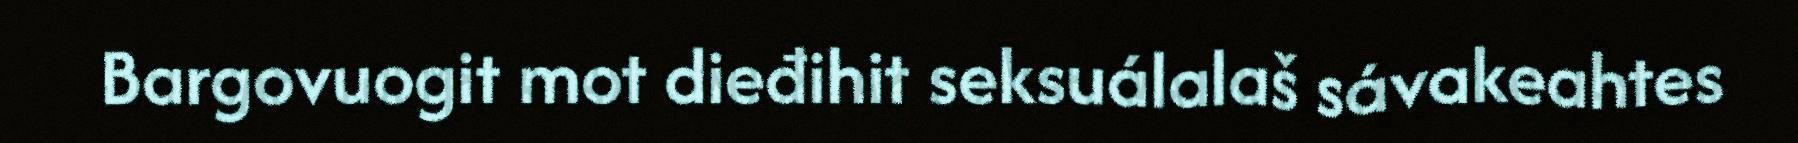
Bargovuogit mot dieđihit seksuálalaš sávakeahtes